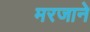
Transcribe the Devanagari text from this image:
मरजाने